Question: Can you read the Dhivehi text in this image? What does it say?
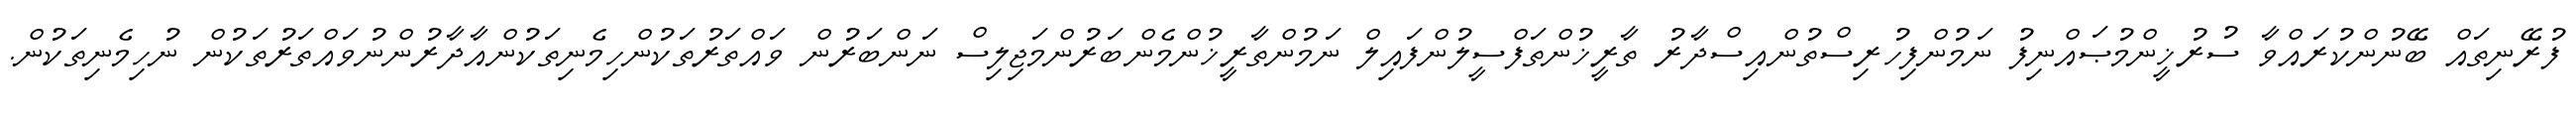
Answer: ފުރޭނިތައް ބޭނުންކުރައްވާ ސުރުޚީންމުޞައްނިފު ނަމުންފިހުރިސްތުންއިސްދާރު ތާރީޚުންތަފްސީލުންފައިލް ނަމުންތާރީޚުންމެންބަރުންމަޖިލިސް ނަންބަރުން ވައްތަރުތަކުންހިމެނިތަކުންއާދާރުންނުވައްތަރުތަކުން ނުހިމެނިތަކުން.